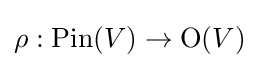
\rho :\operatorname {Pin} (V)\to \operatorname {O} (V)